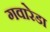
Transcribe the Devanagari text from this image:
गवारेडा